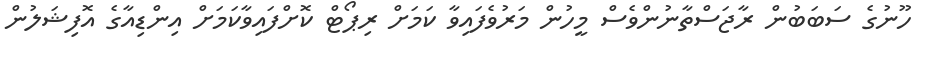
ހޫނުގެ ސަބަބުން ރާޖަސްތާނުންވެސް މީހުން މަރުވެފައިވާ ކަމަށް ރިޕޯޓް ކޮށްފައިވާކަމަށް އިންޑިއާގެ އޮފިޝަލުން